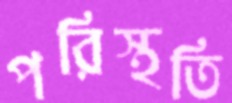
পরিস্থতি